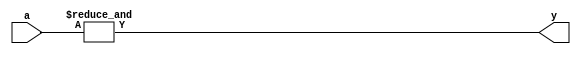
module andself(input [7:0] a,
               output y);
    assign y = & a;
endmodule